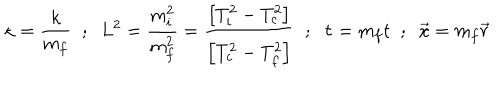
\kappa = \frac { k } { m _ { f } } \; \; ; \; \; L ^ { 2 } = \frac { m _ { i } ^ { 2 } } { m _ { f } ^ { 2 } } = \frac { \left[ T _ { i } ^ { 2 } - T _ { c } ^ { 2 } \right] } { \left[ T _ { c } ^ { 2 } - T _ { f } ^ { 2 } \right] } \; \; ; \; \; \tau = m _ { f } t \; \; ; \; \; \vec { x } = m _ { f } \vec { r }